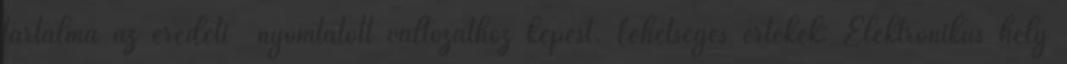
tartalma az eredeti nyomtatott változathoz képest. Lehetséges értékek: Elektronikus hely